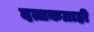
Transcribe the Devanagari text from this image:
दत्तकग्राही